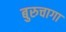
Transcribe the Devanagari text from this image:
बुरुचागा